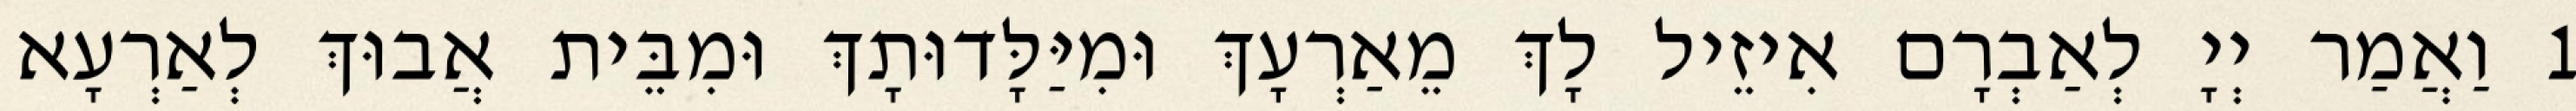
1 וַאֲמַר יְיָ לְאַבְרָם אִיזֵיל לָךְ מֵאַרְעָךְ וּמִיַּלָּדוּתָךְ וּמִבֵּית אֲבוּךְ לְאַרְעָא